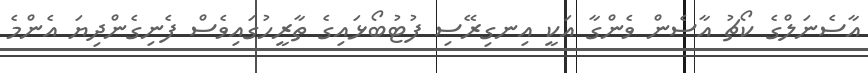
އާސެނަލްގެ ކޯޗު އާސެން ވެންގާ އަކީ އިނގިރޭސި ފުޓުބޯޅައިގެ ތާރީހުގައިވެސް ފެނިގެންދިޔަ އެންމެ